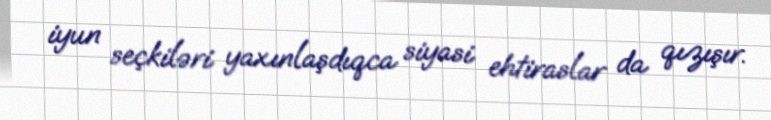
iyun seçkiləri yaxınlaşdıqca siyasi ehtiraslar da qızışır.